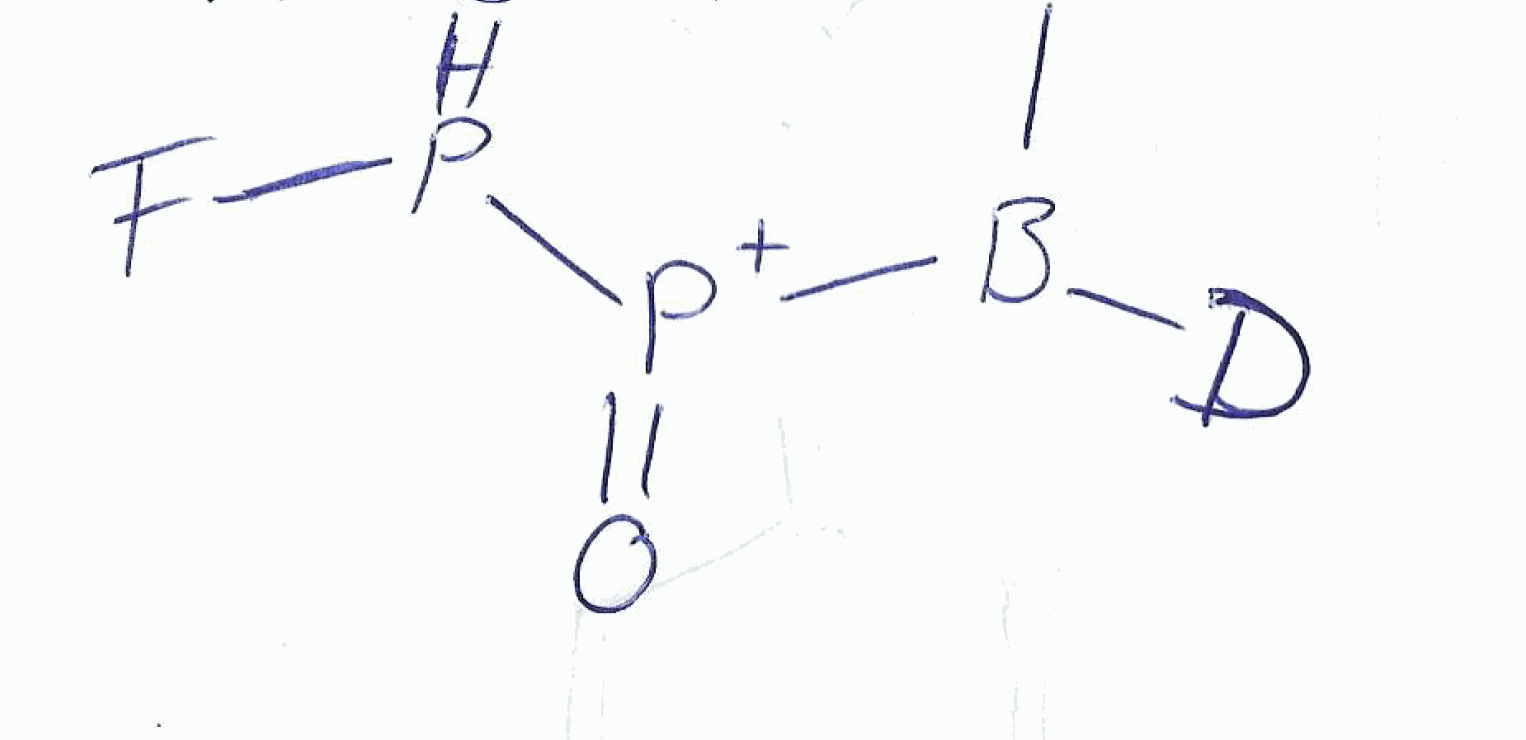
Simplified molecular-input line-entry system (SMILES) notation of the given molecule:
[2H]B(C)[P+](=O)PF